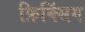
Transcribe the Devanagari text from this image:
फ़िक्सिंग